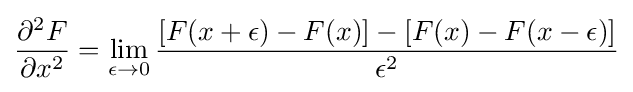
{\frac {\partial ^{2}F}{\partial x^{2}}}=\lim _{\epsilon \rightarrow 0}{\frac {[F(x+\epsilon )-F(x)]-[F(x)-F(x-\epsilon )]}{\epsilon ^{2}}}